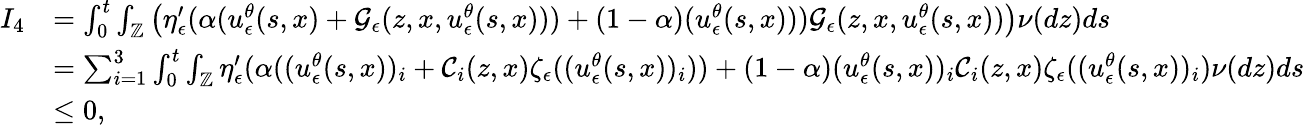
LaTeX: \begin{array}{rl}{I_{4}}&{=\int_{0}^{t}\int_{\mathbb{Z}}\left(\eta_{\epsilon}^{\prime}(\alpha(u_{\epsilon}^{\theta}(s,x)+\mathcal{G}_{\epsilon}(z,x,u_{\epsilon}^{\theta}(s,x)))+(1-\alpha)(u_{\epsilon}^{\theta}(s,x)))\mathcal{G}_{\epsilon}(z,x,u_{\epsilon}^{\theta}(s,x))\right)\nu(dz)ds}\\ &{=\sum_{i=1}^{3}\int_{0}^{t}\int_{\mathbb{Z}}\eta_{\epsilon}^{\prime}(\alpha((u_{\epsilon}^{\theta}(s,x))_{i}+\mathcal{C}_{i}(z,x)\zeta_{\epsilon}((u_{\epsilon}^{\theta}(s,x))_{i}))+(1-\alpha)(u_{\epsilon}^{\theta}(s,x))_{i}\mathcal{C}_{i}(z,x)\zeta_{\epsilon}((u_{\epsilon}^{\theta}(s,x))_{i})\nu(dz)ds}\\ &{\leq 0,}\end{array}